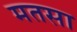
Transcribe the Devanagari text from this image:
मतसा